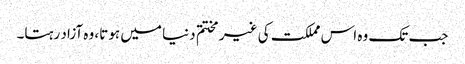
جب تک وہ اس مملکت کی غیر مختتم دنیا میں ہوتا، وہ آزاد رہتا۔